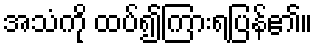
အသံကို ထပ်၍ကြားရပြန်၏။